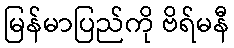
မြန်မာပြည်ကို ဗိရ်မနီ